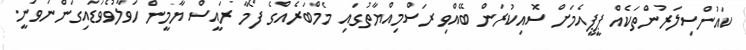
ކައުންސިލަރުންތަކެއް ޕީޕީއެމަށް ސޮއިކުރަން ބޭއްވި ރަސްމިއްޔާތުގައި މެމްބަރެއްގެ ފޯމާ ރައީސް ޔާމީން ހަވާލުވެވަޑައިގަންނަވަނީ.